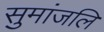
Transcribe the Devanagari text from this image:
सुमांजलि